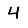
Digit: 4